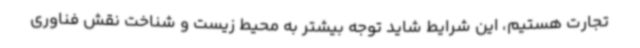
تجارت هستیم، این شرایط شاید توجه بیشتر به محیط زیست و شناخت نقش فناوری